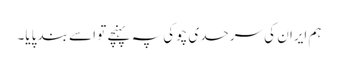
ہم ایران کی سرحدی چوکی پہ پہنچے تو اسے بند پایا۔